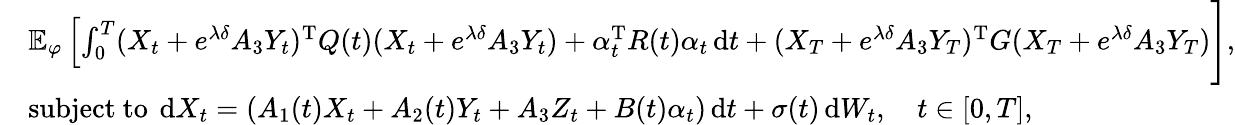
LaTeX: \begin{array}{rl}&{\mathbb{E}_{\varphi}\left[\int_{0}^{T}(X_{t}+e^{\lambda\delta}A_{3}Y_{t})^{\operatorname{T}}Q(t)(X_{t}+e^{\lambda\delta}A_{3}Y_{t})+\alpha_{t}^{\operatorname{T}}R(t)\alpha_{t}\, \mathrm{d}t\right.+(X_{T}+e^{\lambda\delta}A_{3}Y_{T})^{\operatorname{T}}G(X_{T}+e^{\lambda\delta}A_{3}Y_{T})\Bigg],}\\ &{\mathrm{subject~to~}\, \mathrm{d}X_{t}=(A_{1}(t)X_{t}+A_{2}(t)Y_{t}+A_{3}Z_{t}+B(t)\alpha_{t})\, \mathrm{d}t+\sigma(t)\, \mathrm{d}W_{t},\quad t\in[0,T],}\end{array}